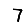
Digit: 7